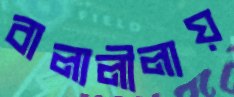
বাল্যলীলায়